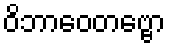
ဝိဘာဝေတဗ္ဗော